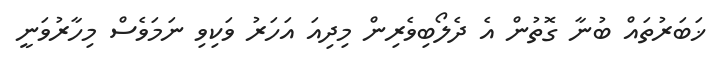
ޚަބަރުތައް ބުނާ ގޮތުން އެ ދެލޯބިވެރިން މިދިއަ އަހަރު ވަކިވި ނަމަވެސް މިހާރުވަނީ